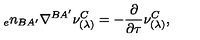
{ _ { e } n _ { B A ^ { \prime } } } \nabla ^ { B A ^ { \prime } } \nu _ { ( \lambda ) } ^ { C } = - { \frac { \partial } { \partial \tau } } \nu _ { ( \lambda ) } ^ { C } ,